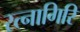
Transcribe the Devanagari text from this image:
रत्‍नागिरि